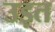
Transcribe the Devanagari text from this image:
उड़त